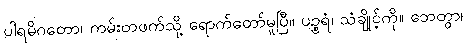
ပါရမိဂတော၊ ကမ်းတဖက်သို့ ရောက်တော်မူပြီ။ ပဉ္စရံ၊ သံချိုင့်ကို။ ဘေတွာ၊